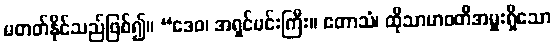
မတတ်နိုင်သည်ဖြစ်၍။ “ဒေဝ၊ အရှင်မင်းကြီး။ ဧတာသံ၊ ထိုသာမာဝတီအမှူးရှိသော